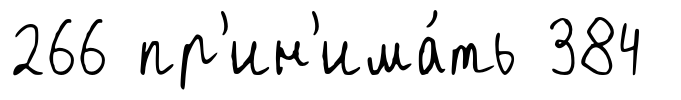
266 пр'ин'има́ть 384